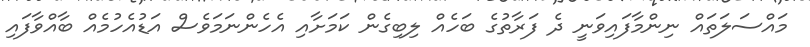
މައްސަލަތައް ނިންމާފައިވަނީ ދެ ފަރާތުގެ ބަހެއް ލިބިގެން ކަމަށާއި އެހެންނަމަވެސް އަޑުއެހުމެއް ބާއްވާފައި